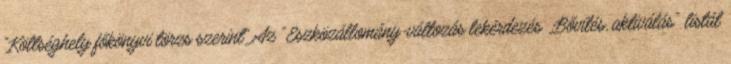
“Költséghely főkönyvi törzs szerint”.Az “Eszközállomány-változás lekérdezés „Bővítés, aktiválás” listát